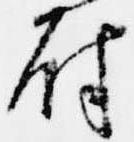
尉